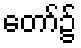
တော်၌